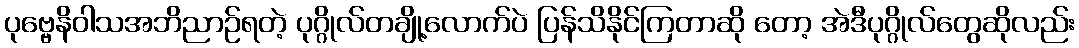
ပုဗ္ဗေနိဝါသအဘိညာဉ်ရတဲ့ ပုဂ္ဂိုလ်တချို့လောက်ပဲ ပြန်သိနိုင်ကြတာဆို တော့ အဲဒီပုဂ္ဂိုလ်တွေဆိုလည်း